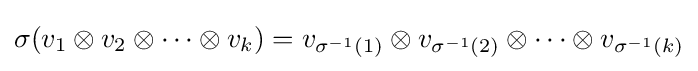
\sigma (v_{1}\otimes v_{2}\otimes \cdots \otimes v_{k})=v_{\sigma ^{-1}(1)}\otimes v_{\sigma ^{-1}(2)}\otimes \cdots \otimes v_{\sigma ^{-1}(k)}